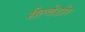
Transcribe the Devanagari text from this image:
सैल्वेडोर